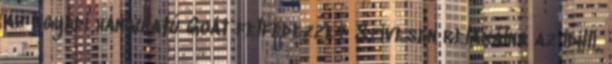
az egyedi hangulatú Goát felfedezze? Szívesen relaxálna az idilli,